system: You are a helpful assistant.
user:
Analyze the provided spectrum to determine if it is a **"Cataclysmic Variables (CV)"**.

- **Key Indicators for CV (Check for either state):**
    - **State 1: Quiescent / Low-State (Emission-Dominated)**
        - **(Primary):** Strong and *very broad* Hydrogen Balmer emission lines (e.g., $H\alpha$ at 6563 Å, $H\beta$ at 4861 Å). The 'broadness' (high velocity dispersion, often FWHM > 1000 km/s) is the key diagnostic, indicating a high-velocity accretion disk.
        - **(Secondary):** Broad neutral Helium (He I) emission lines (e.g., 5876 Å, 6678 Å).
        - **(Key Confirmation):** Presence of high-excitation *ionized* Helium (He II) emission at 4686 Å. This is a strong indicator of accretion onto a white dwarf.
        - **(Line Profile):** Emission lines may exhibit a 'double-peaked' profile, which is a classic signature of a rotating accretion disk viewed at high inclination.

    - **State 2: Outburst / High-State (Absorption-Dominated)**
        - **(Primary):** Spectrum is dominated by a bright, blue continuum (looks like a hot star).
        - **(Secondary):** The emission lines from State 1 are weak, absent, or 'filled in', and are replaced by broad, shallow *absorption* lines (primarily Balmer and He I).
        - **(Morphology):** The overall spectrum mimics a hot B/A-type star. The crucial difference is that the absorption lines are significantly broader, shallower, and more 'washed-out' (or 'smeared') than the sharp lines of a normal stellar photosphere, due to high rotational speeds and pressure broadening in the disk.

Think first, call **spectral_visualization_tool** if needed to examine features in detail, then provide your final answer. Your response must adhere to the following strict rules:
1.  **Overall Structure:** Your response must follow the format `<think>...</think> <tool_call>...</tool_call> (if a tool is used) <answer>...</answer>`.
2.  **Tool Usage Constraint:** You may only make **one** tool call per turn.
3.  **Final Answer Format:** In the `<answer>` tag, your conclusion must be inside a `\boxed{}` command (e.g., `\boxed{YES}`), followed by your justification.

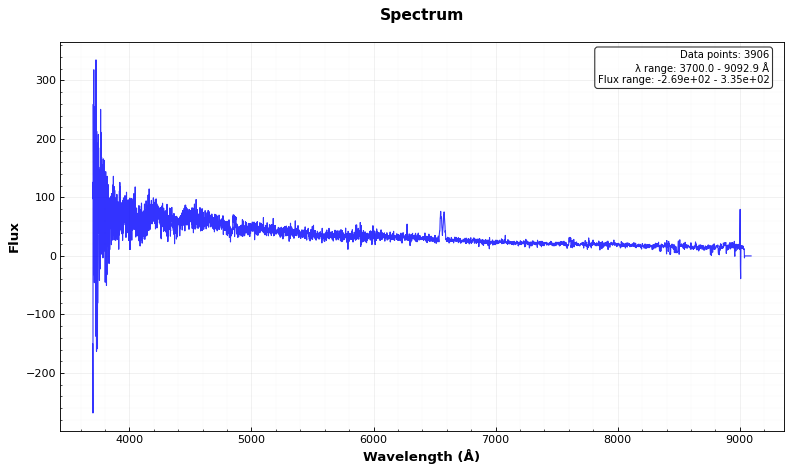
Answer: YES